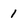
Character: 1